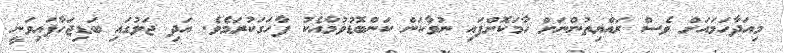
މިއަދާހަމައަށް ވެސް ރައްޔިތުންނަށް ހާމަކޮށްފައި ނުވާކަން ކަންބޮޑުވުމާއެކު ފާހަގަކުރަމެވެ. އަދި ޖަލުގައި ބަޑިޖަހާފައިވަނީ